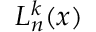
L _ { n } ^ { k } ( x )